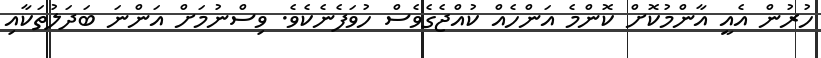
ހުރުން އެއީ އާންމުކޮށް ކޮންމެ އަންހެއް ކުއްޖެގެވެސް ހުވަފެނެކެވެ. ވިސްނުމަށް އަންނަ ބަދަލުތަކާއި